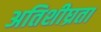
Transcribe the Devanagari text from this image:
अतिशीघ्रता